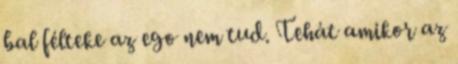
bal félteke az ego nem tud. Tehát amikor az